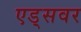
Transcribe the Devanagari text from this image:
एड्‌सवर